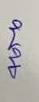
บน